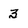
Character: 3